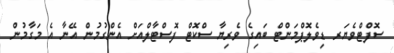
ސޮފްޓްވެޔަރ ޑިވެލޮޕްމަންޓް ބައިގެ ވެރިޔާ ސްކޮޓް ފޮސްޓާލްއަށް އެންގުމުން އޭނާ އެ މަގާމުން